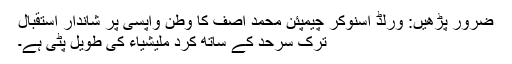
ضرور پڑھیں: ورلڈ اسنوکر چیمپئن محمد آصف کا وطن واپسی پر شاندار استقبال
ترک سرحد کے ساتھ کرد ملیشیاء کی طویل پٹی ہے۔